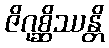
ဇိဂုစ္ဆိဿန္တိ